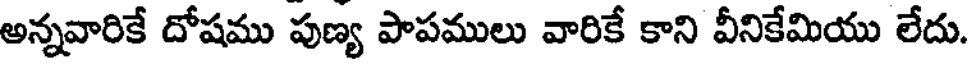
అన్నవారికే దోషము పుణ్య పాపములు వారికే కాని వీనికేమియు లేదు.